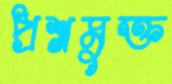
প্রশ্নমুক্ত